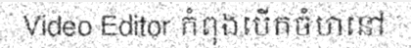
Video Editor កំពុងបើកចំហនៅ